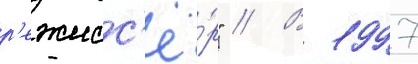
р'ежисс'ё́р" // В 1997